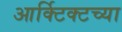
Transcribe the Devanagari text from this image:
आर्क्टिक्टच्या